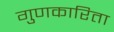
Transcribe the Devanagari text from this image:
गुणकारिता